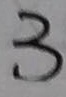
3